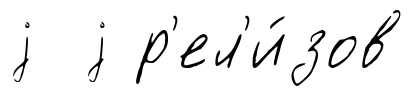
j j р'ел'и́зов